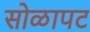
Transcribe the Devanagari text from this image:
सोळापट